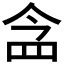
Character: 𮊀